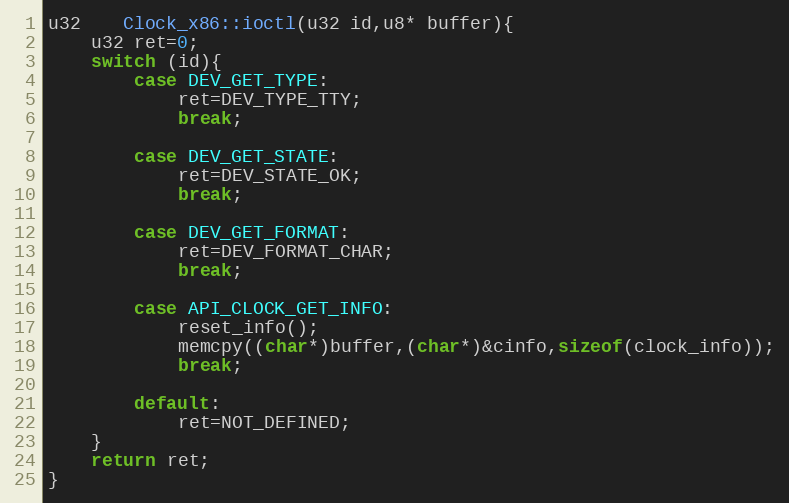
Language: C++
u32	Clock_x86::ioctl(u32 id,u8* buffer){
	u32 ret=0;
	switch (id){
		case DEV_GET_TYPE:
			ret=DEV_TYPE_TTY;
			break;

		case DEV_GET_STATE:
			ret=DEV_STATE_OK;
			break;

		case DEV_GET_FORMAT:
			ret=DEV_FORMAT_CHAR;
			break;

		case API_CLOCK_GET_INFO:
			reset_info();
			memcpy((char*)buffer,(char*)&cinfo,sizeof(clock_info));
			break;

		default:
			ret=NOT_DEFINED;
	}
	return ret;
}